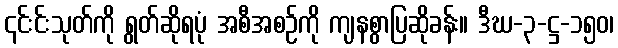
၎င်းင်းသုတ်ကို ရွတ်ဆိုရပုံ အစီအစဉ်ကို ကျနစွာပြဆိုခန်း။ ဒီဃ-၃-ဋ္ဌ-၁၅၀၊